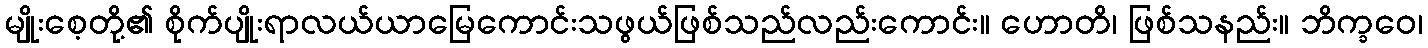
မျိုးစေ့တို့၏ စိုက်ပျိုးရာလယ်ယာမြေကောင်းသဖွယ်ဖြစ်သည်လည်းကောင်း။ ဟောတိ၊ ဖြစ်သနည်း။ ဘိက္ခဝေ၊